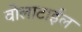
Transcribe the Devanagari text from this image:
वोलाटाईल